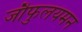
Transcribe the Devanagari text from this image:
जौफुलयमन